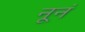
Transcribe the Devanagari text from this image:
नूनं